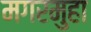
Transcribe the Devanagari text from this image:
मगरमुहा